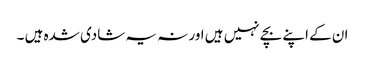
ان کے اپنے بچے نہیں ہیں اور نہ یہ شادی شدہ ہیں ۔